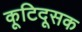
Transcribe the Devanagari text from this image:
कूटिदूसक